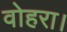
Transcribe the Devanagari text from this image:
वोहरा।